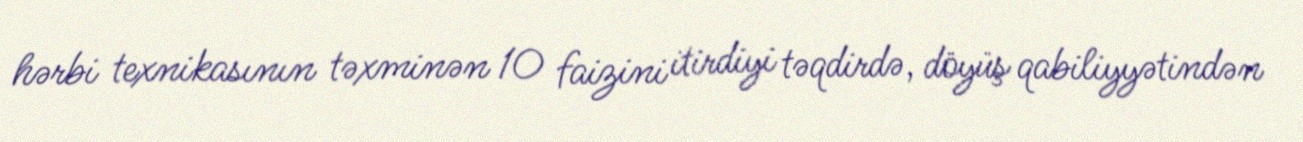
hərbi texnikasının təxminən 10 faizini itirdiyi təqdirdə, döyüş qabiliyyətindən